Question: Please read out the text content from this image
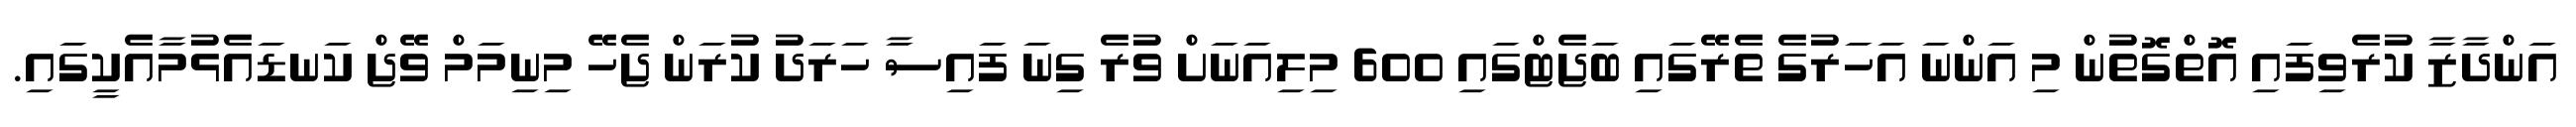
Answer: އަންދާޒާ ކުރެވިފައި އޮތްގޮތުން މި އަންނަ އަހަރުގެ ތެރޭގައި ބަޖެޓްގައި 600 މިލިއަނަށް ވުރެ ގިނަ ފައިސާ ހަރަދު ކުރަން ޖެހޭ މިނިމަމް ވޭޖް ކަނޑައެޅުމާއެކީގައި.